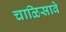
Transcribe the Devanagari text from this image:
चाळिसावे